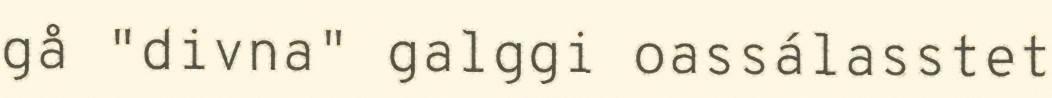
gå "divna" galggi oassálasstet